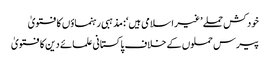
خودکش حملے ’غیر اسلامی ہیں‘: مذہبی رہنماؤں کا فتویٰ
پیرس حملوں کے خلاف پاکستانی علمائے دین کا فتویٰ